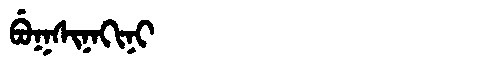
Manchu: ᠪᡠᡴᠰᡳᠨᠠᡴᡳᠨᡳ
Romanization: BUKSINAKINI